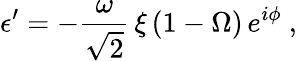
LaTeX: \epsilon^{\prime}=-\frac{\omega}{\sqrt{2}}\, \xi\, (1-\Omega)\, e^{i\phi}\ ,